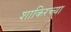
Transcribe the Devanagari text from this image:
शाकिरच्या